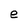
Character: e